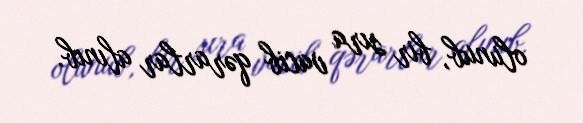
olunub, bir sıra vacib qərarlar alınıb.